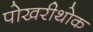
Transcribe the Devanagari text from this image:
पोखरीथोक